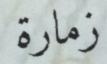
زمارة